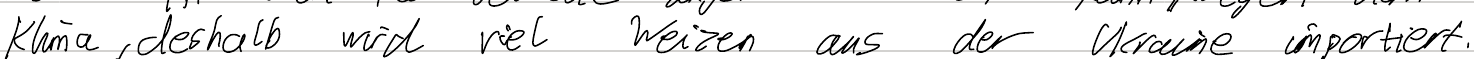
Klima, deshalb wird viel Weizen aus der Ukraine importiert.